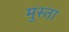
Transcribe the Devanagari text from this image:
मुस्ता